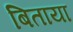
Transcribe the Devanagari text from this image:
बिताया